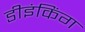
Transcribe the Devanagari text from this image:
डीइंकिंग